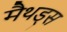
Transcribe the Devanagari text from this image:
मैथड्स